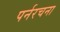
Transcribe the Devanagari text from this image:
पर्नरचना